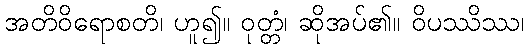
အတိဝိရောစတိ၊ ဟူ၍။ ဝုတ္တံ၊ ဆိုအပ်၏။ ဝိပဿိဿ၊